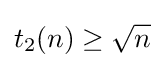
t_{2}(n)\geq {\sqrt {n}}